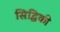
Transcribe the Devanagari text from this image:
सिद्धिकी